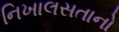
નિખાલસતાનો